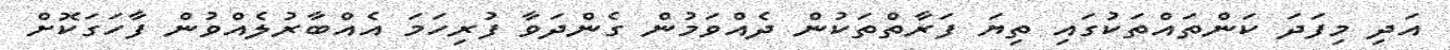
އަދި މިފަދަ ކަންތައްތަކުގައި ތިޔަ ފަރާތްތަކުން ދެއްވަމުން ގެންދަވާ ފުރިހަމަ އެއްބާރުލެއްވުން ފާހަގަކޮށް